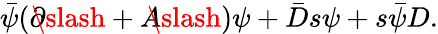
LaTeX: \bar{\psi}(\partial\! \! \! \slash+A\! \! \! \slash)\psi+\bar{D}s\psi+s\bar{\psi}D.